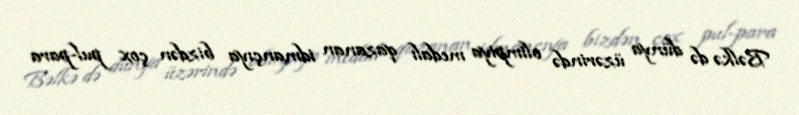
Bəlkə də dünya üzərində olimpiya medalı qazanan idmançıya bizdən çox pul-para